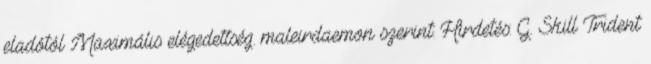
eladótól Maximális elégedettség. maleirdaemon szerint: Hirdetés: G. Skill Trident